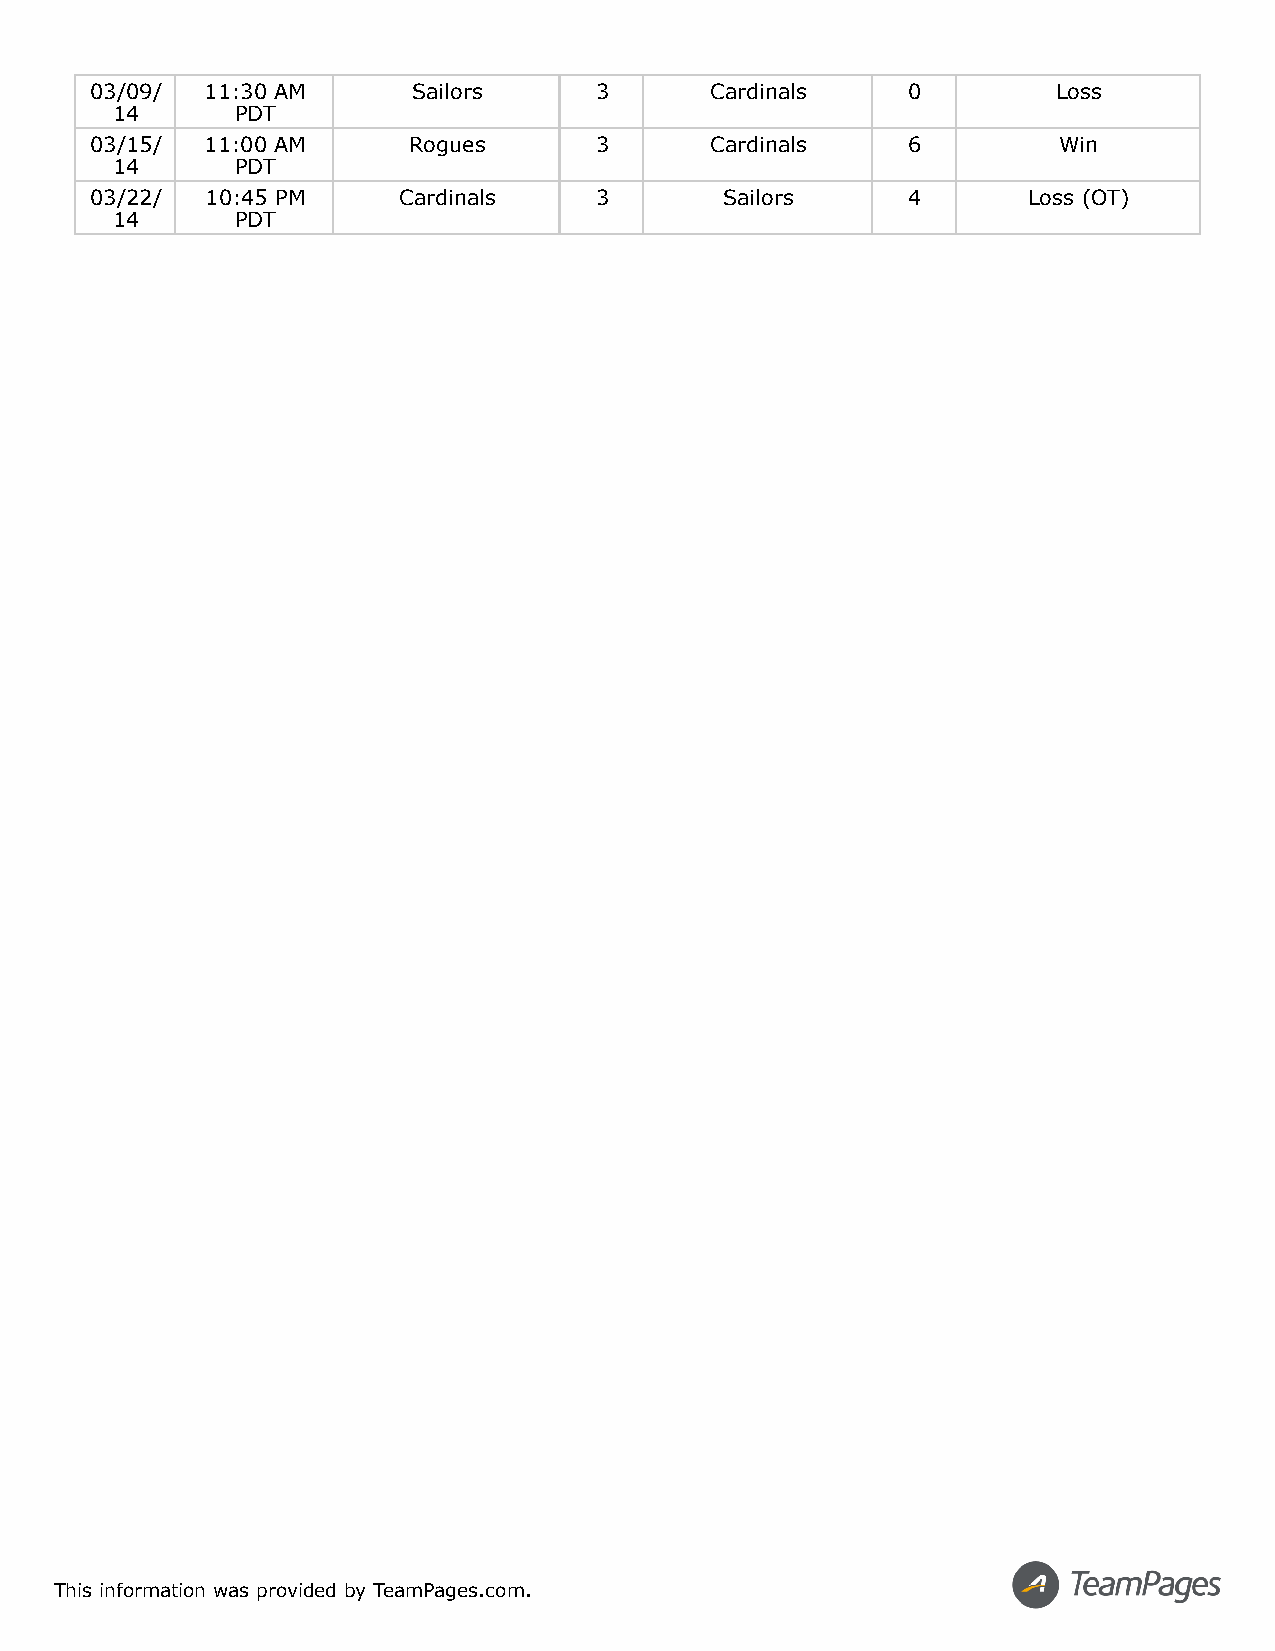
03/09/  11:30 AM     Sailors     3       Cardinals    0         Loss
 14       PDT
 03/15/  11:00 AM     Rogues      3       Cardinals    6         Win
 14       PDT
 03/22/  10:45 PM    Cardinals    3        Sailors     4       Loss (OT)
 14       PDT
 This information was provided by TeamPages.com.